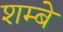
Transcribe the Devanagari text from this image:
शम्बे